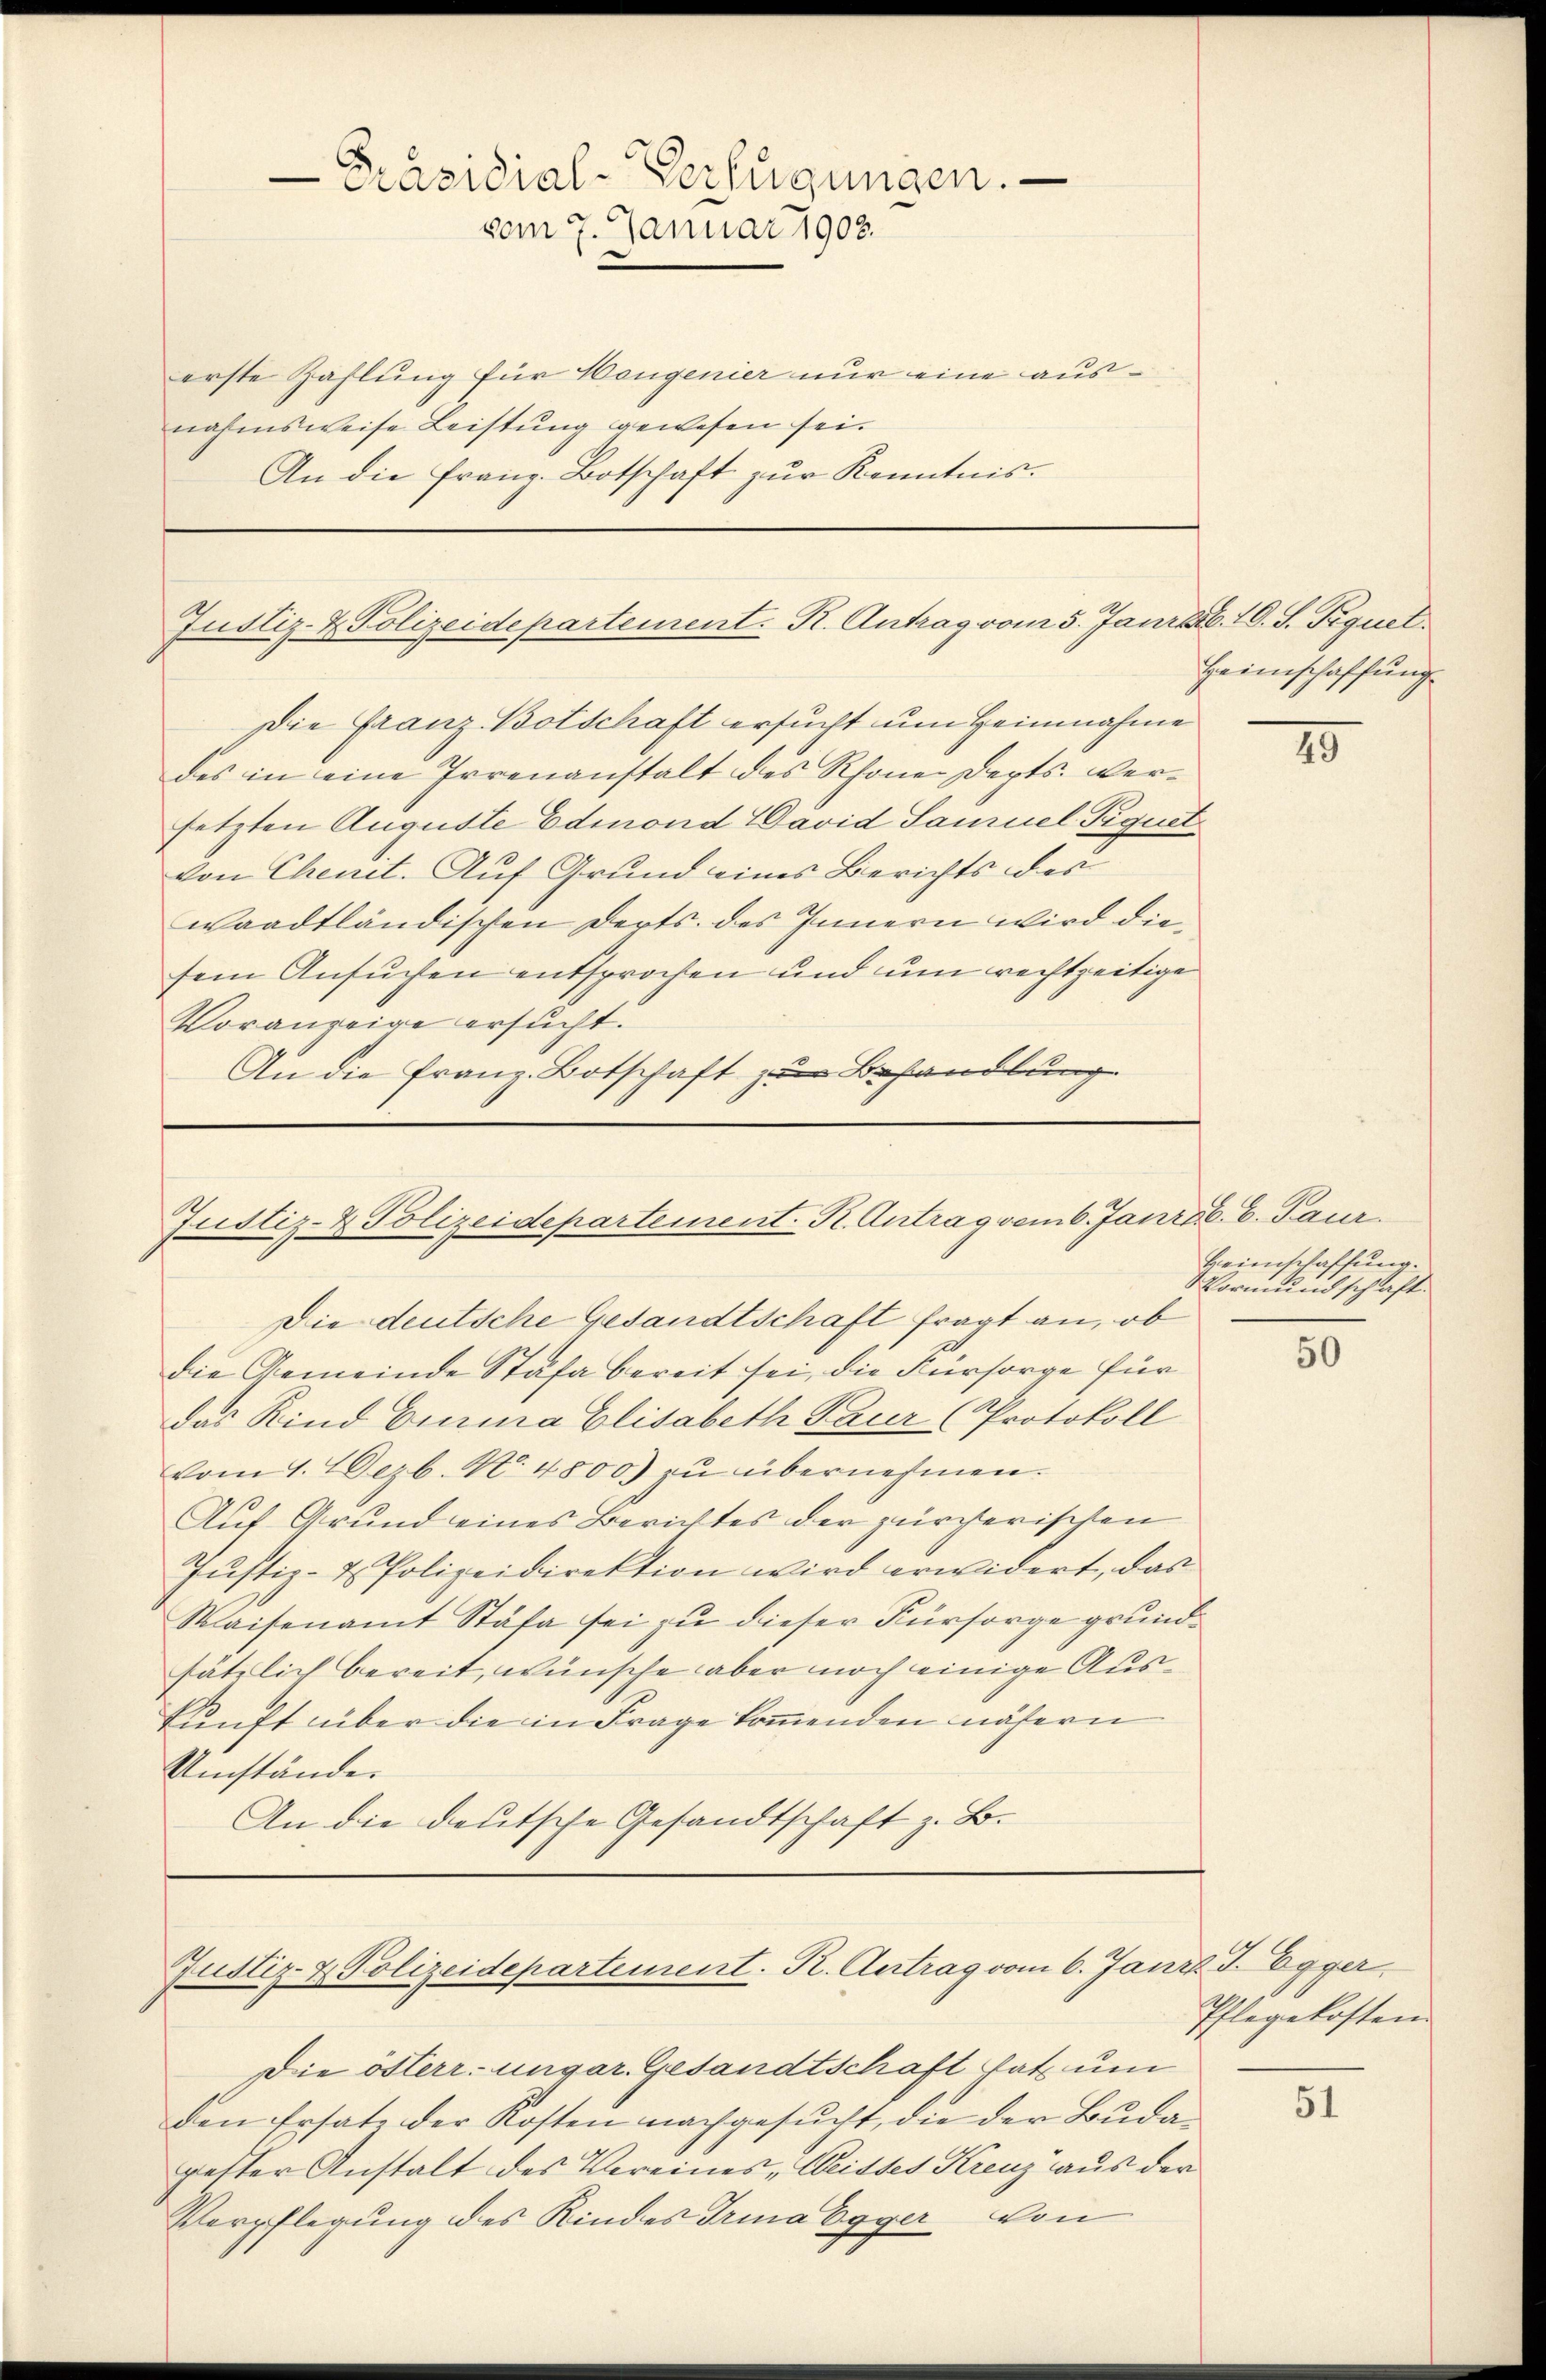
Präsidial-Verfügungen.
vom 7. Januar 1908.

erste Zahlung für Hangenier nur eine ausnahmsweise Leistung gewesen sei.
An die Franz. Botschaft zur Kenntnis.

Justiz- & Polizeidepartement. R. Antrag vom 5. Janr. 10. S. Tiquel

Die Franz Botschaft ersucht um Heimnahme
des in eine Irrenanstalt des Rhonen Depts. versetzten Auguste Edmond David Samuel Piquet
von Chenit. Auf Grund eines Berichts des
waadtländischen dorts. des Innern wird diesem Ansuchen entsprochen und um rechtzeitige
Voranzeige ersucht.
An die Franz Botschaft zur Behandlung

Justiz- & Polizeidepartement-R. Antrag vom 6. Janr. C. Paur

Die deutsche Gesandtschaft fragt an, ob
die Gemeinde Stäfa bereit sei, die Fürsorge für
das Kind Einna Elisabeth Laur (Protokoll
vom 1. Dezb. No. 4800) zu übernehmen.
Auf Grund eines Berichtes der zürcherischen
Justiz- & Polizeidirektion wird erwidert, das
Waisenamt Stäfa sei zu dieser Fürsorge grundsätzlich bereit, wünsche aber noch einige Auskunft über die in Frage kommenden nähern
Umstände.
An die deutsche Gesandtschaft z. B.

Justiz- & Polizeidepartement. R. Antrag vom 6. Jan

Die österr. ungar. Gesandtschaft hat um
den Ersatz der Kosten nachgesucht, die der Budagester Anstalt des Vereines Weisses Krenz aus der
Verpflegung des Kindes Trina Egger von

Heimschaffung

25

Heimschaffung.
Vormundschaft.

50

d. J. Egger.
Phlegekosten.

51